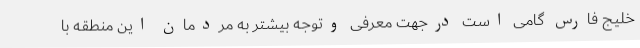
خلیج فارس گامی است درجهت معرفی وتوجه بیشتر به مردمان این منطقه با